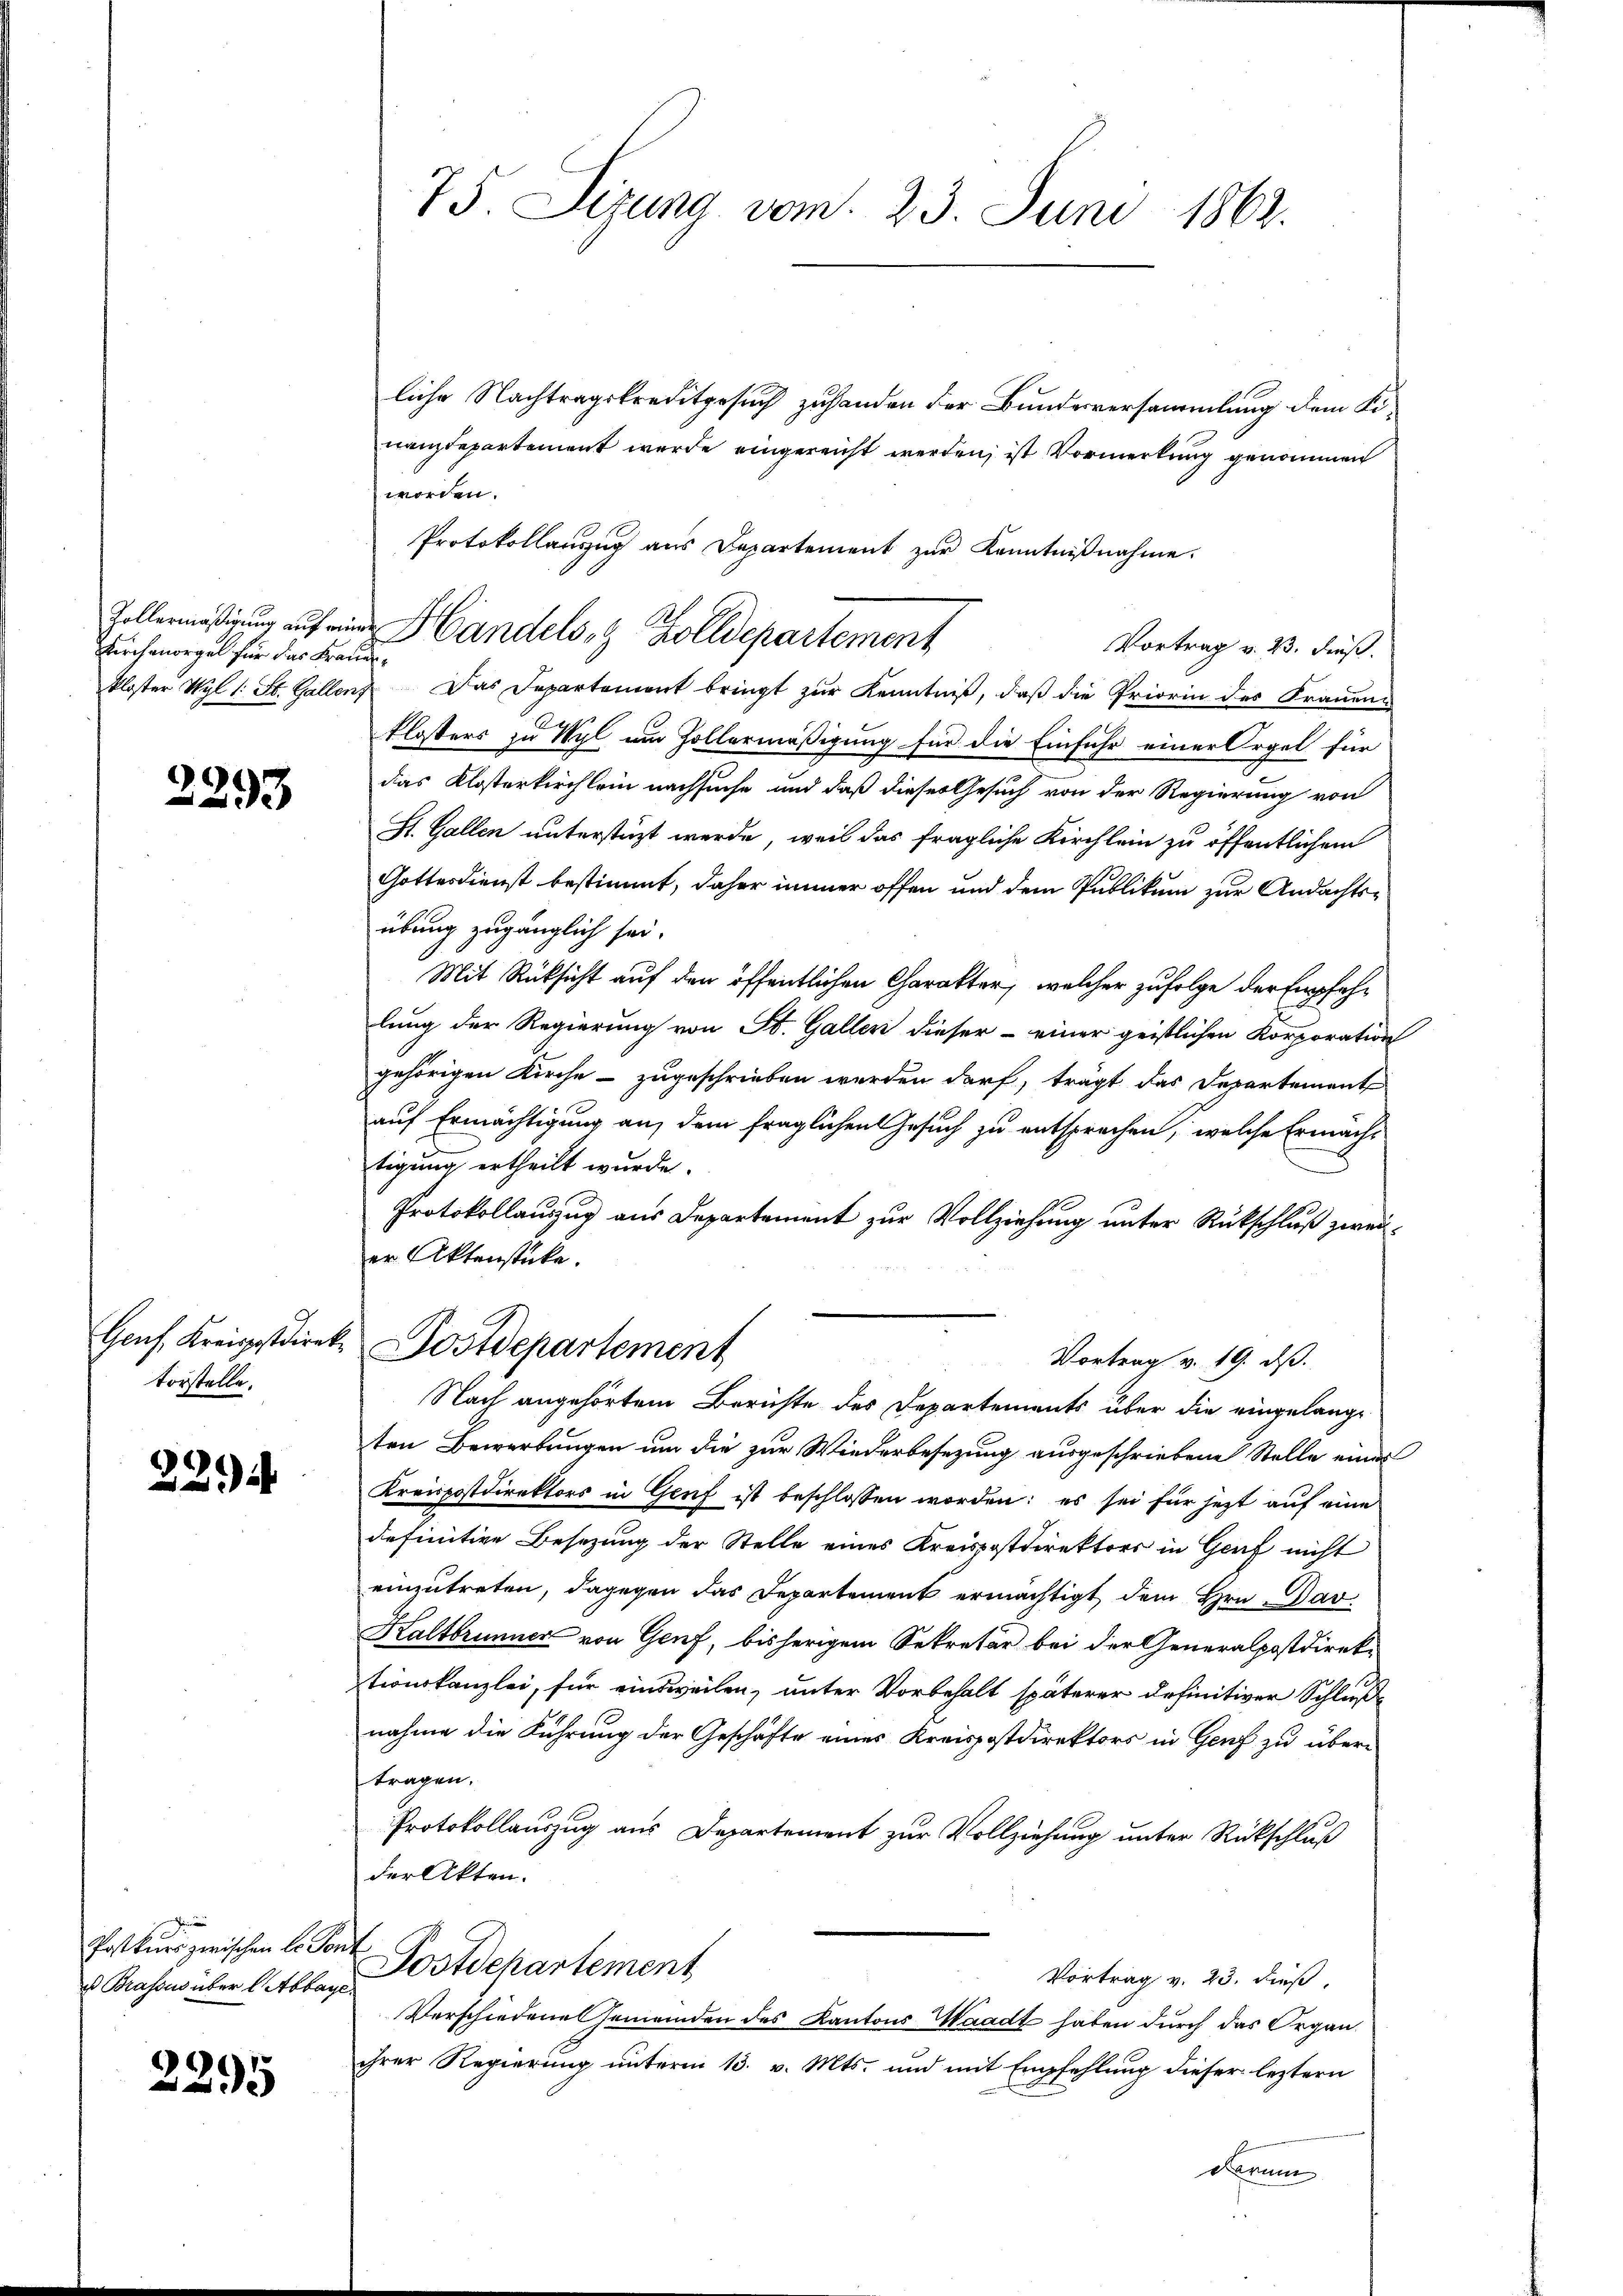
Kirchenorgel für das Fraue

2293

Genf Kreisestdiret.
vorstelle.

229

n
Postkurs zwischen le Jo
 Brassus über l. Abbay

2295

75. Sizung vom 23. Juni 1862.

liche Nachtragskreditgesuch zuhanden der Bundesversammlung dem Kinanzdepartement wurde eingereicht werden, ist Vormerkung genommen
worden.
Protokollauszug aus Departement zur Kenntnißnahme.
Vortrag v. 23. dieß.
kloster Wyl 1. St. Gallenz Das Departement bringt zŭr Kenntniβ, daβ die Priorin des Fraŭen
klosters zu Wyl im Hollermäßigung für die Einfuhr einer Orgel für
das Klosterkirchlein nachsuche und daß dieses Gesuch von der Regierung von
St. Gallen unterstüzt werde, weil das fragliche Kirchlein zu öffentlichen
Gottesdienst bestimmt, daher immer offen und dem Publikum zur Andachtsübung zugänglich sei.
Mit Rücksicht auf den öffentlichen Charakter, welcher zufolge der Empfehlung der Regierung von St. Galler dieser - einer geistlichen Korporation
gehörigen Kirche - zugeschrieben werden darf, trägt das Departement
auf Ermächtigung an, dem fraglichen Gesuch zu entsprechen, welche Ermachtigung ertheilt wurde.
Protokollauszug aus Departement zur Vollziehung unter Rückschluß zweier Aktenstücke.
Postdepartement
Vortrag v. 19. ds.
Nach angehörtem Berichte des Departements über die eingelange
ten Bewerbungen um die zur Wiederbesezung ausgeschriebene Stelle eines
Kreispostdirektors in Genf ist beschlossen worden: es sei für jezt auf eine
definitive Besezung der Stelle eines Kreispostdirektors in Genf nicht
einzutreten, dagegen das Departement ermächtigt dem Hrn. Dav
Kaltbrunner von Genf, bisherigem Sekretär bei der Generalpostdirek-
tionskanzlei, für einsweilen, unter Vorbehalt späterer definitiver Schlußnahme die Führung der Geschäfte eines Kreispostdirektors in Genf zu übertragen.
Protokollauszug aus Departement zur Vollziehung unter Rückschluß
der Akten.
 Postdchartement
Vortrag v. 23. dieß,
e
Verschiedene Gemeinden des Kantons Waadt haben durch das Organihrer Regierung unterm 13. v. Mts. und mit Empfehlung dieser leztern
darum

Zollermäßigung auf einer Handels- & Zolldepartement